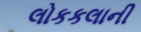
લોકકલાની